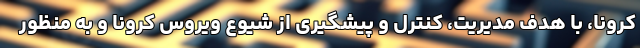
کرونا، با هدف مدیریت، کنترل و پیشگیری از شیوع ویروس کرونا و به منظور